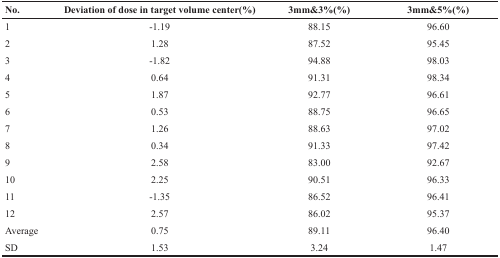
<table><thead><tr><td><b>No.</b></td><td><b>Deviation of dose in target volume center(%)</b></td><td><b>3mm&amp;3%(%)</b></td><td><b>3mm&amp;5%(%)</b></td></tr></thead><tbody><tr><td>1</td><td>-1.19</td><td>88.15</td><td>96.60</td></tr><tr><td>2</td><td>1.28</td><td>87.52</td><td>95.45</td></tr><tr><td>3</td><td>-1.82</td><td>94.88</td><td>98.03</td></tr><tr><td>4</td><td>0.64</td><td>91.31</td><td>98.34</td></tr><tr><td>5</td><td>1.87</td><td>92.77</td><td>96.61</td></tr><tr><td>6</td><td>0.53</td><td>88.75</td><td>96.65</td></tr><tr><td>7</td><td>1.26</td><td>88.63</td><td>97.02</td></tr><tr><td>8</td><td>0.34</td><td>91.33</td><td>97.42</td></tr><tr><td>9</td><td>2.58</td><td>83.00</td><td>92.67</td></tr><tr><td>10</td><td>2.25</td><td>90.51</td><td>96.33</td></tr><tr><td>11</td><td>-1.35</td><td>86.52</td><td>96.41</td></tr><tr><td>12</td><td>2.57</td><td>86.02</td><td>95.37</td></tr><tr><td>Average</td><td>0.75</td><td>89.11</td><td>96.40</td></tr><tr><td>SD</td><td>1.53</td><td>3.24</td><td>1.47</td></tr></tbody></table>